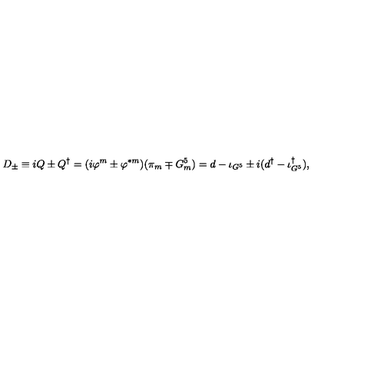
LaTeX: D _ { \pm } \equiv i Q \pm Q ^ { \dagger } = ( i \varphi ^ { m } \pm \varphi ^ { * m } ) ( \pi _ { m } \mp G _ { m } ^ { 5 } ) = d - \iota _ { G ^ { 5 } } \pm i ( d ^ { \dagger } - \iota _ { G ^ { 5 } } ^ { \dagger } ) ,